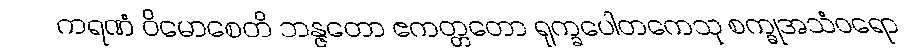
ကရဏံ ဝိမောစေတိ ဘန္ဇတော ဧကတ္တတော ရုက္ခပေါတကေသု စက္ခုအသံဝရော